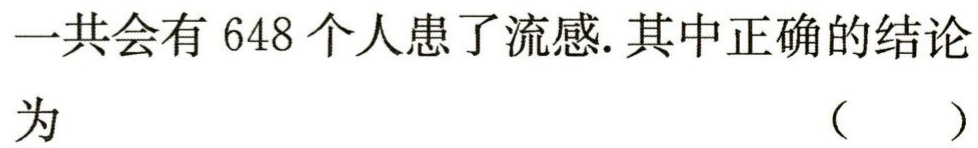
一共会有 648 个人患了流感.其中正确的结论
为 （ ）